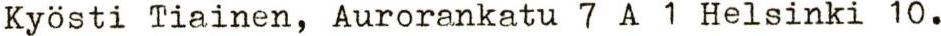
Kyösti Tiainen, Aurorankatu 7 A 1 Helsinki 10.